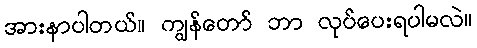
အားနာပါတယ်။ ကျွန်တော် ဘာ လုပ်ပေးရပါမလဲ။